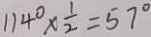
1 1 4 ^ { \circ } \times \frac { 1 } { 2 } = 5 7 ^ { \circ }